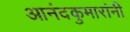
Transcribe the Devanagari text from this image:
आनंदकुमारांनी